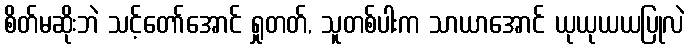
စိတ်မဆိုးဘဲ သင့်တော်အောင် ရှုတတ်, သူတစ်ပါးက သာယာအောင် ယုယုယယပြုလဲ